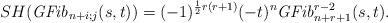
LaTeX: \begin{align*} SH({\it GFib}_{n+i;j}(s,t))=(-1)^{ \frac{1}{2} r (r+1) } (-t)^n {\it GFib}_{n+r+1}^{r-2} (s,t). \end{align*}